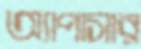
অ্যাপাসার